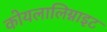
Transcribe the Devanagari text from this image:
कोयलालिग्नाइट